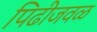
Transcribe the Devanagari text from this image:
पिढीजवळ